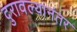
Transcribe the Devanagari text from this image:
दुरावल्यानंतर